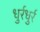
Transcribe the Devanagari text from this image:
धुर्रधुर्र